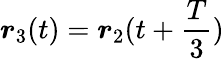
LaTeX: \boldsymbol{r}_{3}(t)=\boldsymbol{r}_{2}(t+\frac{T}{3})